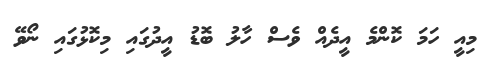
މިއީ ހަމަ ކޮންމެ އީދެއް ވެސް ހާލު ބޮޑު އީދުގައި މިކޮޅުގައި ނޯވޭ